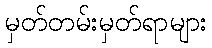
မှတ်တမ်းမှတ်ရာများ